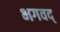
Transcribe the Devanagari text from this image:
भगवद्‍